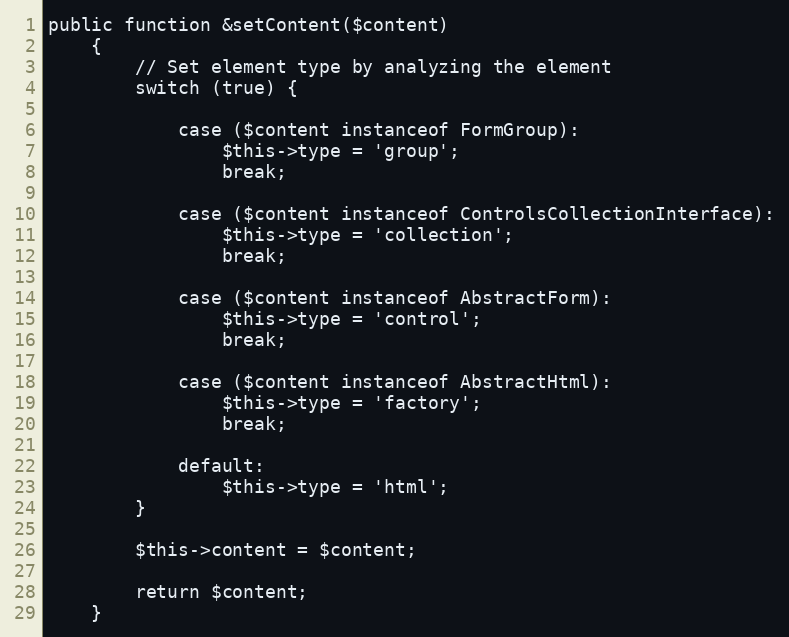
Language: PHP
public function &setContent($content)
    {
        // Set element type by analyzing the element
        switch (true) {

            case ($content instanceof FormGroup):
                $this->type = 'group';
                break;

            case ($content instanceof ControlsCollectionInterface):
                $this->type = 'collection';
                break;

            case ($content instanceof AbstractForm):
                $this->type = 'control';
                break;

            case ($content instanceof AbstractHtml):
                $this->type = 'factory';
                break;

            default:
                $this->type = 'html';
        }

        $this->content = $content;

        return $content;
    }